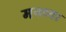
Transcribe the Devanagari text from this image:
मनच्या